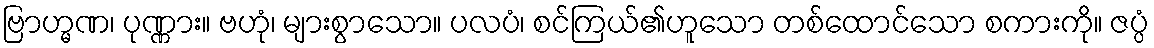
ဗြာဟ္မဏ၊ ပုဏ္ဏား။ ဗဟုံ၊ များစွာသော။ ပလပံ၊ စင်ကြယ်၏ဟူသော တစ်ထောင်သော စကားကို။ ဇပ္ပံ